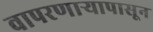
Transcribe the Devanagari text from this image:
वापरणार्‍यापासून